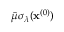
\bar { \mu } \sigma _ { \lambda } ( \mathbf { x } ^ { ( 0 ) } )